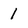
Character: 1